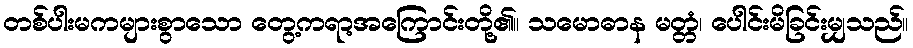
တစ်ပါးမကများစွာသော တွေ့ကရာ့အကြောင်းတို့၏။ သမောဓာန မတ္တံ၊ ပေါင်းမိခြင်းမျှသည်။